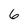
Character: 6